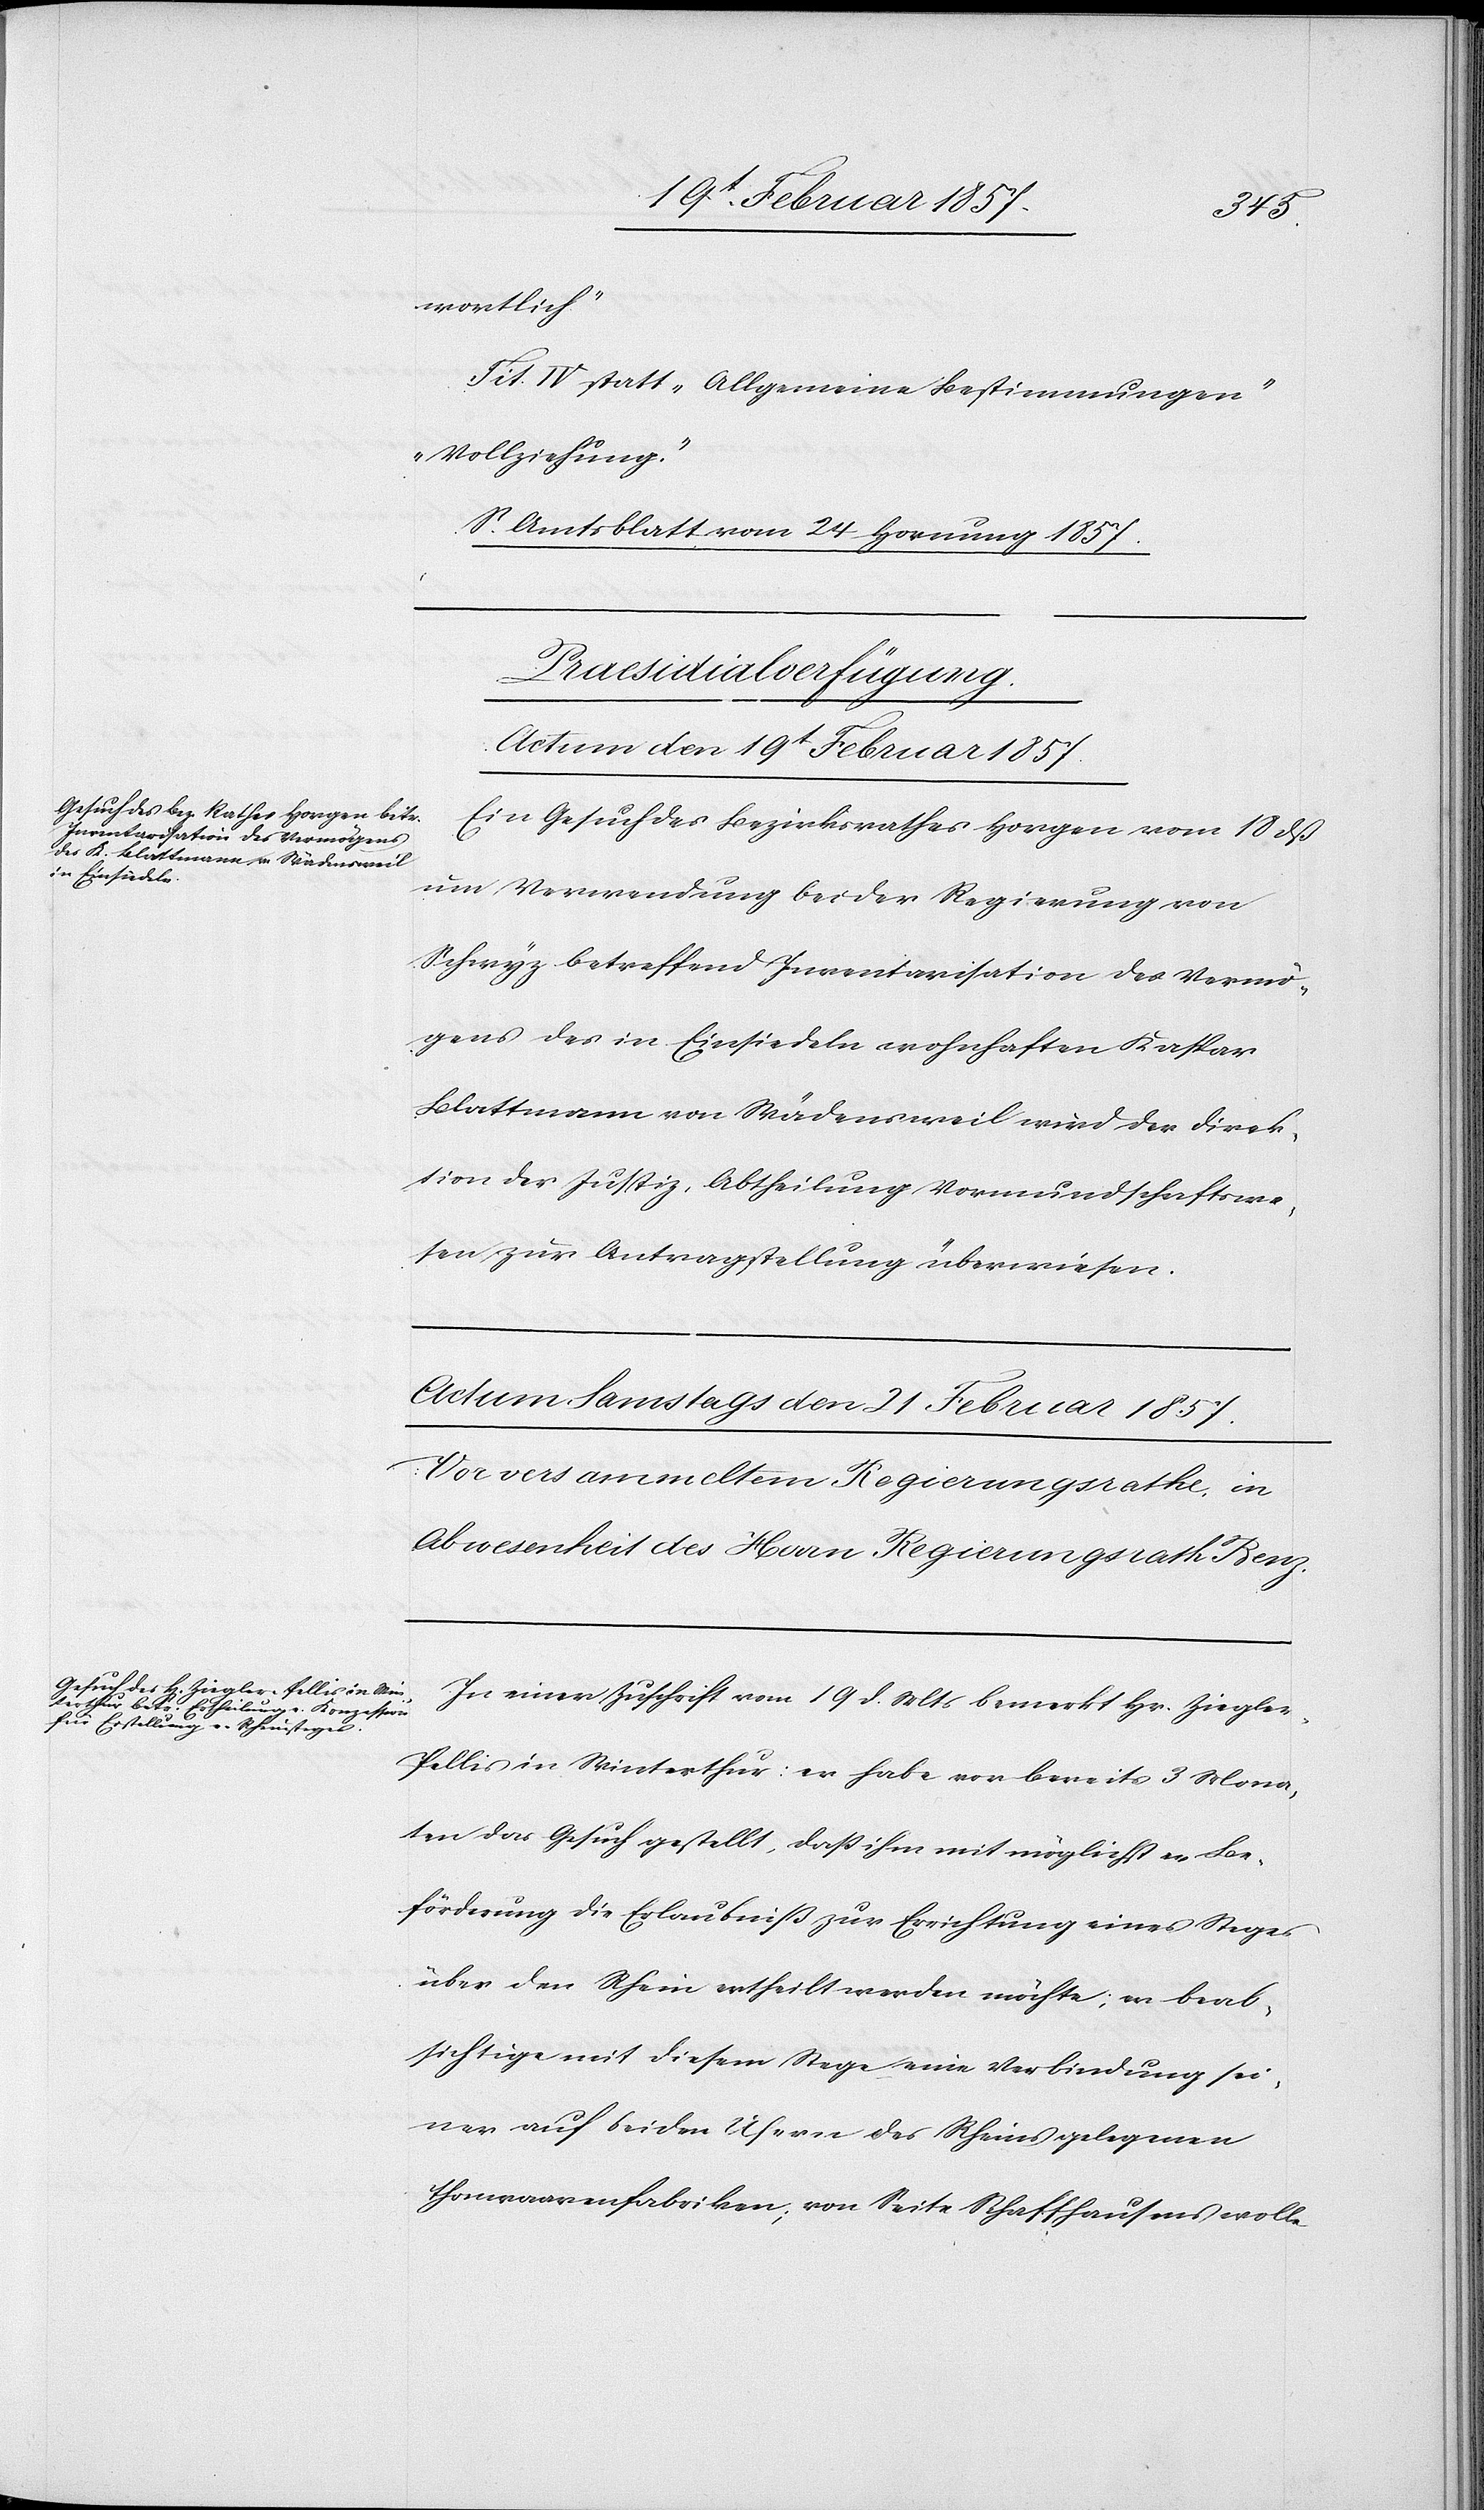
wortlich“
Tit. IV statt „Allgemeine Bestimmungen“
„Vollziehung“.
S. Amtsblatt vom 24 Hornung 1857.
Praesidialverfügung.
Actum den 19t Februar 1857.
Ein Gesuch des Bezirksrathes Horgen vom 18 dß
um Verwendung bei der Regierung von
Schwyz betreffend Inventarisation des Vermö¬
gens des in Einsiedeln wohnhaften Kaspar
Blattmann von Wädensweil wird der Direk¬
tion der Justiz, Abtheilung Vormundschaftswe¬
sen zur Antragstellung überwiesen.
In einer Zuschrift vom 19 d. Mts bemerkt Hr. Ziegle¬
r-Pellis in Winterthur: er habe vor bereits 3 Mona¬
ten das Gesuch gestellt, daß ihm mit möglichster Be¬
förderung die Erlaubniß zur Errichtung eines Steges
über den Rhein ertheilt werden möchte; er beab¬
sichtige mit diesem Stege eine Verbindung sei¬
ner auf beiden Ufern des Rheins gelegenen
thonwaarenfabriken [sic!]; von Seite Schaffhausens wolle